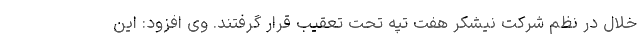
خلال در نظم شرکت نیشکر هفت تپه تحت تعقیب قرار گرفتند. وی افزود: این